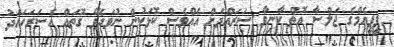
ޕީޕީއެމްގެ ޖަލްސާ އޮތް ކާނިވާ ސަރައްދަށް އެއްވެސް ކޮޅަކުން ނުވަދެވޭ ގޮތައް އެސަރަހައްދު